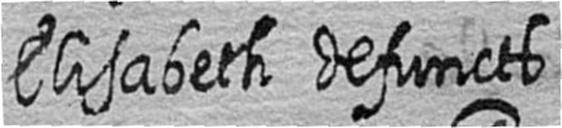
Elisabeth defuncts